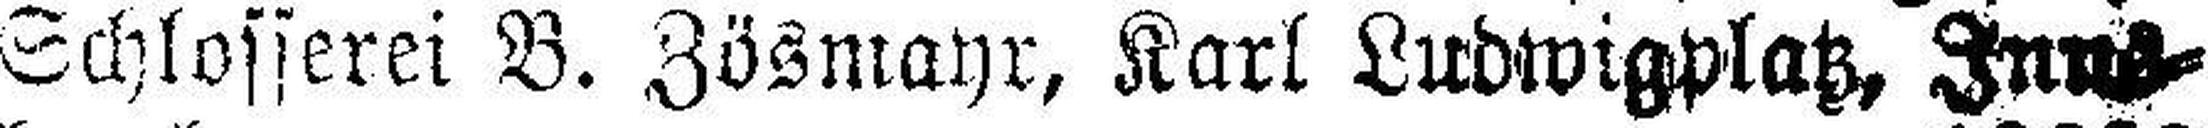
Schlosserei B. Zösmayr, Karl Ludwigplatz, Inns¬